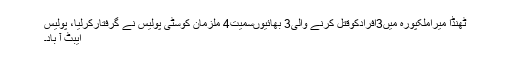
ٹھنڈا میراملکپورہ میں3افرادکوقتل کرنے والی3 بھائیوںسمیت4 ملزمان کوسٹی پولیس نے گرفتارکرلیا، پولیس
ایبٹ آ باد۔